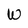
Character: W